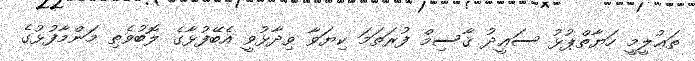
ތަޢުލީމީ ހަޔާތްޕުޅު ސަޢީދު ޤާސިމް ފުރަތަމަ ކިޔަވާ ވިދާޅުވީ އެބޭފުޅާގެ ލޮބުވެތި މަންމާފުޅުގެ